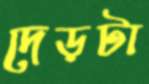
দেড়টা